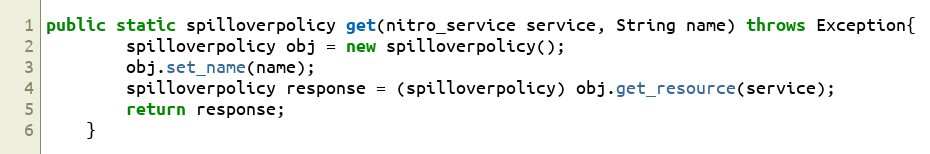
Language: Java
public static spilloverpolicy get(nitro_service service, String name) throws Exception{
		spilloverpolicy obj = new spilloverpolicy();
		obj.set_name(name);
		spilloverpolicy response = (spilloverpolicy) obj.get_resource(service);
		return response;
	}